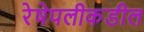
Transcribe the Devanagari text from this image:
रेषेपलीकडील